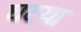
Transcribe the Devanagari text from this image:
घटया